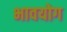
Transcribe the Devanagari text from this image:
भावयोग